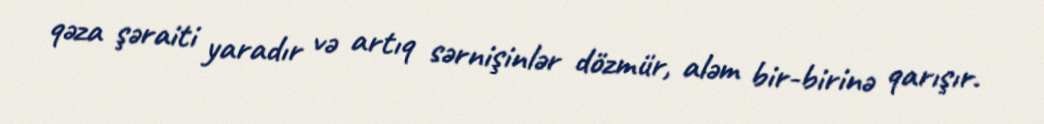
qəza şəraiti yaradır və artıq sərnişinlər dözmür, aləm bir-birinə qarışır.